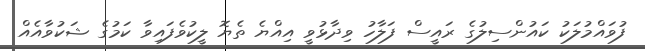
ފުވައްމުލަކު ކައުންސިލުގެ ރައީސް ފަލާހު ވިދާޅުވީ އިއްޔެ ތެޔޮ ލީކުވެފައިވާ ކަމުގެ ޝަކުވާއެއް